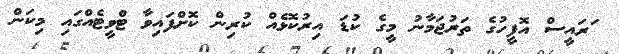
ަރައީސް އޮފީހުގެ ތަރުޖަމާނު މީގެ ކުޑަ އިރުކޮޅެއް ކުރިން ކޮށްފައިވާ ޓްވީޓެއްގައި މިކަން